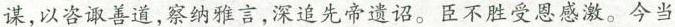
谋，以咨善道，察纳雅言，深追先帝遗诏。臣不胜受恩感激。今当